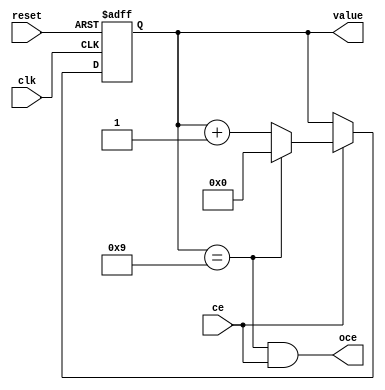
module decade_counter(
    input wire clk,
    input wire ce,
    input wire reset,
    output reg [3:0] value,
    output wire oce
);
    assign oce = (value == 9) && ce;

    always @(posedge clk or negedge reset) begin
        if (reset == 0)
            value = 0;
        else begin
            if (ce == 1) begin
                if (value == 9)
                    value = 0;
                else
                    value = value + 1;
            end
        end
    end
endmodule

module decade_counters
#(parameter COUNT = 8)
(
    input wire clk,
    input wire reset,
    output wire [COUNT * 4 - 1:0] value
);
    wire [COUNT - 1:0] oce;

    genvar i;
    generate
        decade_counter dc_first(.clk(clk), .reset(reset), .ce(1'b1), .value(value[3:0]), .oce(oce[0]));
        for (i = 1; i < COUNT - 1; i = i + 1) begin
            decade_counter dc(.clk(clk), .reset(reset), .ce(oce[i - 1]), .value(value[3 + 4 * i:4 * i]), .oce(oce[i]));
        end
        decade_counter dc_last(.clk(clk), .reset(reset), .ce(oce[COUNT - 2]), .value(value[COUNT * 4 - 1:(COUNT - 1) * 4]));
    endgenerate
endmodule

module decade_counters_tb;
    reg clk, reset;
    wire [11:0] value;

    decade_counters #(.COUNT(3)) d(.clk(clk), .reset(reset), .value(value));

    always #5 clk = ~clk;

    initial begin
        $monitor("time=%t value=0x%0x", $time, value);
        clk = 0;
        reset = 0;
        #20
        reset = 1;
        #10000
        $finish;
    end
endmodule